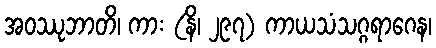
အဝဿုဘာတိ၊ ကား (နိ၊ ၂၉၇) ကာယသံသဂ္ဂရာဂေန၊